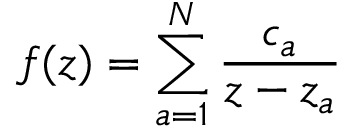
f ( z ) = \sum _ { a = 1 } ^ { N } { \frac { c _ { a } } { z - z _ { a } } }